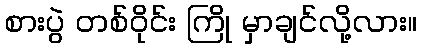
စားပွဲ တစ်ဝိုင်း ကြို မှာချင်လို့လား။